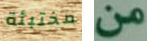
مختبئة من